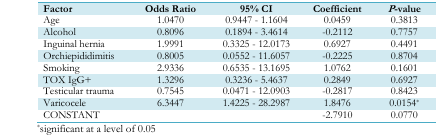
<table><thead><tr><td><b>Factor</b></td><td><b>Odds Ratio</b></td><td><b>95% CI</b></td><td><b>Coefficient</b></td><td><b><i>P</i>-value</b></td></tr></thead><tbody><tr><td>Age</td><td>1.0470</td><td>0.9447 - 1.1604</td><td>0.0459</td><td>0.3813</td></tr><tr><td>Alcohol</td><td>0.8096</td><td>0.1894 - 3.4614</td><td>-0.2112</td><td>0.7757</td></tr><tr><td>Inguinal hernia</td><td>1.9991</td><td>0.3325 - 12.0173</td><td>0.6927</td><td>0.4491</td></tr><tr><td>Orchiepididimitis</td><td>0.8005</td><td>0.0552 - 11.6057</td><td>-0.2225</td><td>0.8704</td></tr><tr><td>Smoking</td><td>2.9336</td><td>0.6535 - 13.1695</td><td>1.0762</td><td>0.1601</td></tr><tr><td>TOX IgG+</td><td>1.3296</td><td>0.3236 - 5.4637</td><td>0.2849</td><td>0.6927</td></tr><tr><td>Testicular trauma</td><td>0.7545</td><td>0.0471 - 12.0903</td><td>-0.2817</td><td>0.8423</td></tr><tr><td>Varicocele</td><td>6.3447</td><td>1.4225 - 28.2987</td><td>1.8476</td><td>0.0154*</td></tr><tr><td>CONSTANT</td><td></td><td></td><td>-2.7910</td><td>0.0770</td></tr></tbody></table>